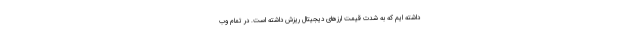
داشته ایم که به شدت قیمت ارزهای دیجیتال ریزش داشته است. در تمام وب